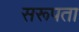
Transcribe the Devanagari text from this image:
सरूपता